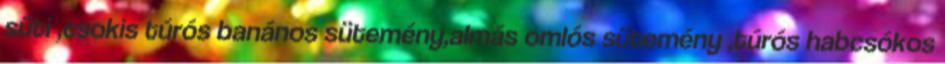
süti ,csokis túrós banános sütemény,almás omlós sütemény ,túrós habcsókos